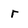
Character: r